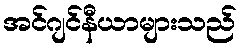
အင်ဂျင်နီယာများသည်